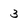
Character: 3